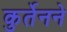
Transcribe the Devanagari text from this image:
कुर्तेनने